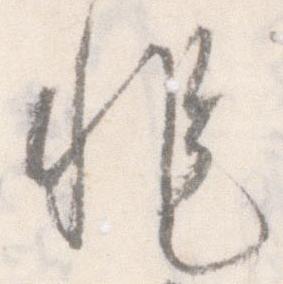
非